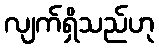
လျက်ရှိသည်ဟု